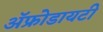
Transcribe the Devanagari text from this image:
ॲफ्रोडायटी